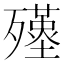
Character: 𣩲